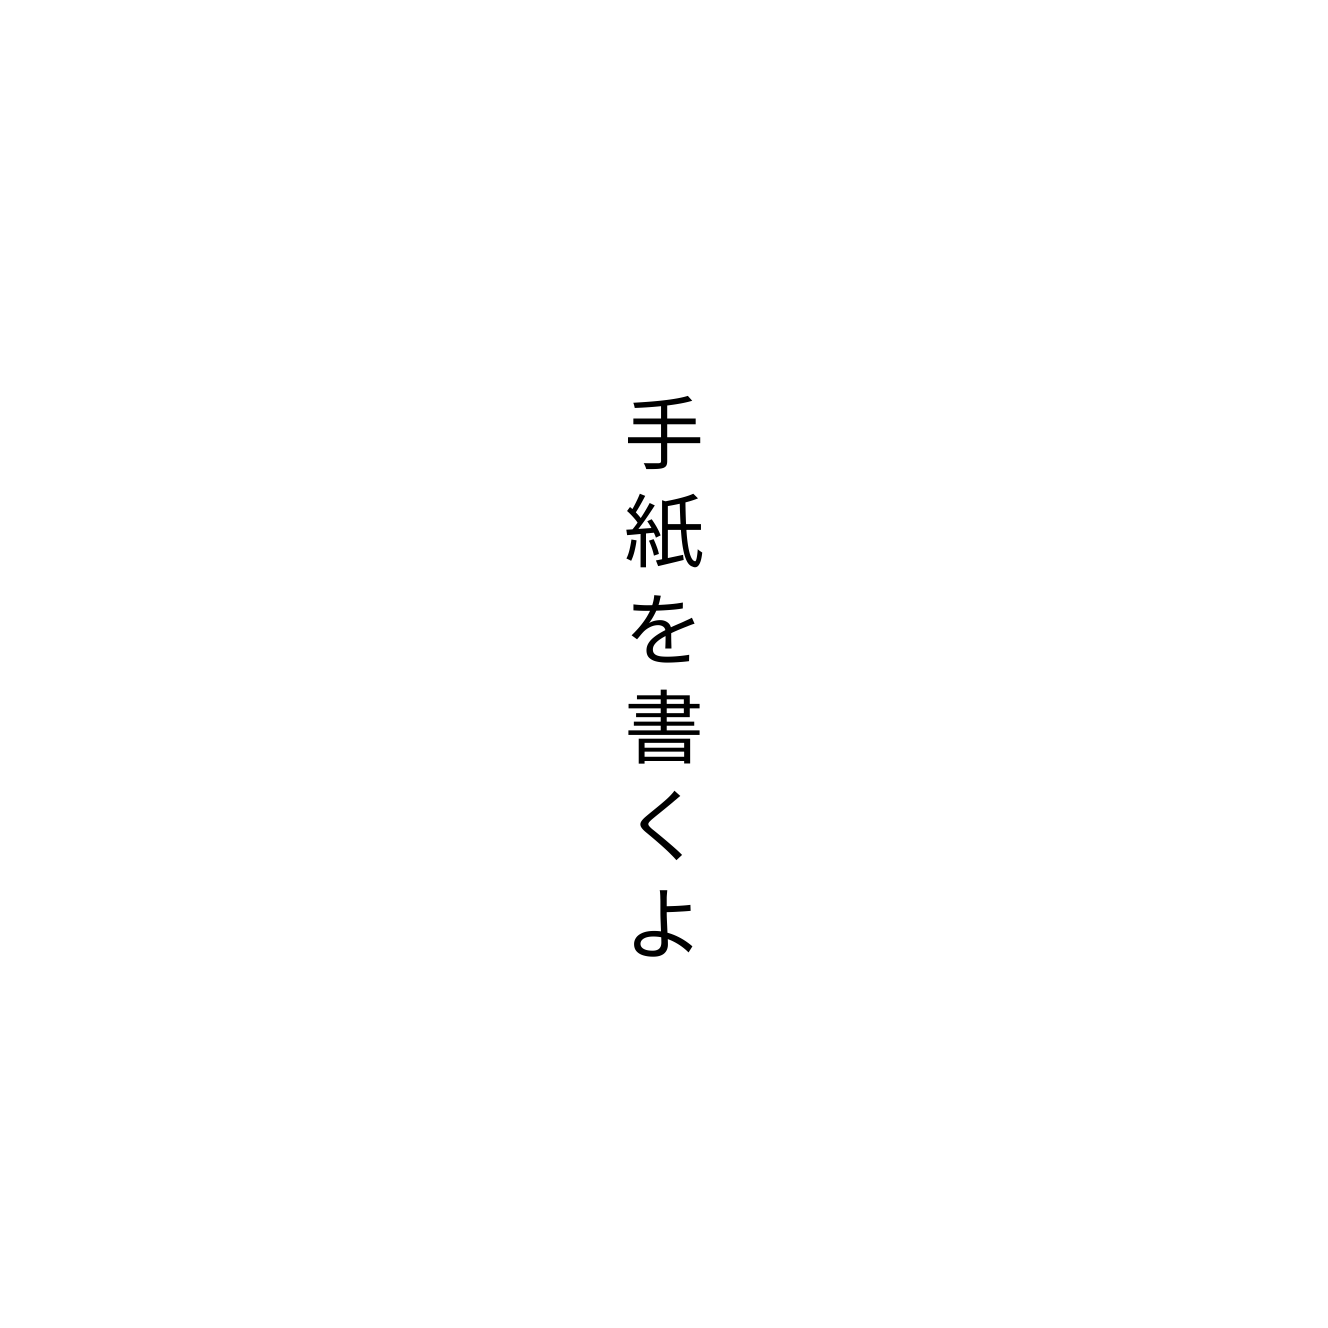
手紙を書くよ